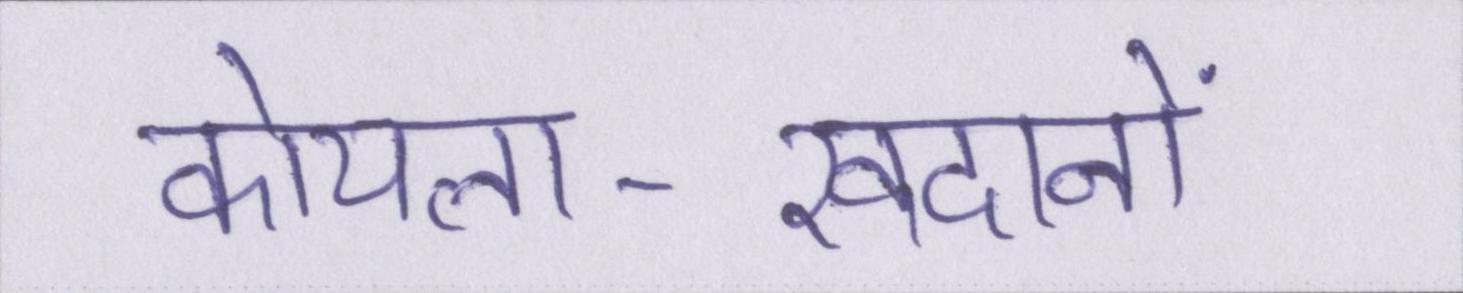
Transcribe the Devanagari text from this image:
कोयला-खदानों